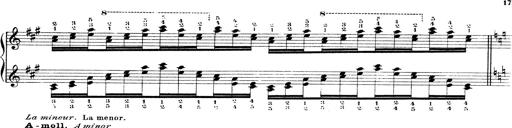
Title: Technische Studien
Composer: Franz Liszt